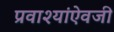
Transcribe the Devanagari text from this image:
प्रवाश्यांऐवजी